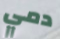
دمي